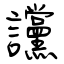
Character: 讜